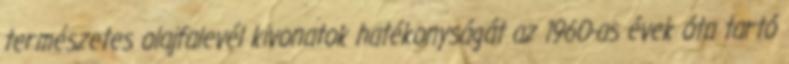
természetes olajfalevél kivonatok hatékonyságát az 1960-as évek óta tartó